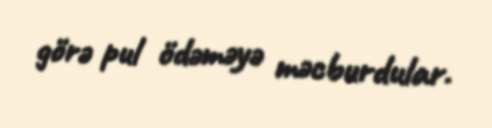
görə pul ödəməyə məcburdular.